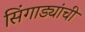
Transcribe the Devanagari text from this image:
सिंगाड्यांची